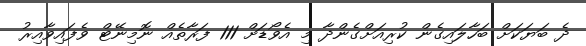
ދެ ބަޔަކަށް ބަހާލައިގެން ކުރިއަށްގެންދާ މި އެވޯޑަށް 111 ފަރާތެއް ނޮމިނޭޓް ވެފައިވާއިރު